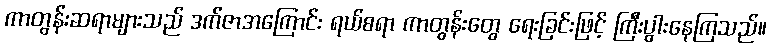
ကာတွန်းဆရာများသည် ဒက်ဇာအကြောင်း ရယ်စရာ ကာတွန်းတွေ ရေးခြင်းဖြင့် ကြီးပွါးနေကြသည်။